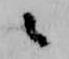
々